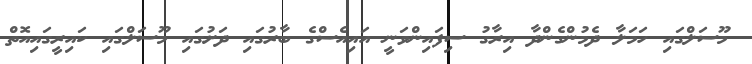
މޫސަލްގައި ހަމަލާ ދެމުންގެންދާ އިރާގު ސިފައިންވަނީ އައިއެސްގެ ބާރުގައި ދަށުގައި މޫސަލްގައި ކައިރީގައިއޮތް